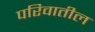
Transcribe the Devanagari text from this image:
परिवातील